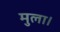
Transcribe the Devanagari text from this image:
मुला।